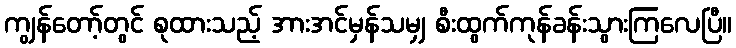
ကျွန်တော့်တွင် စုထားသည့် အားအင်မှန်သမျှ စီးထွက်ကုန်ခန်းသွားကြလေပြီ။